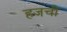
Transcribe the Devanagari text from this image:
हजची